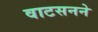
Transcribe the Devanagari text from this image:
वाटसनने